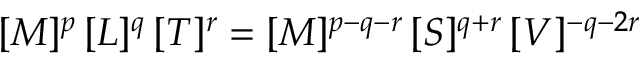
[ M ] ^ { p } \, [ L ] ^ { q } \, [ T ] ^ { r } = [ M ] ^ { p - q - r } \, [ S ] ^ { q + r } \, [ V ] ^ { - q - 2 r }